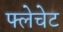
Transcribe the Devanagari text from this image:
फ्लेचेट